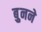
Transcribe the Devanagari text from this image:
बुुनने